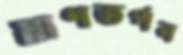
ঘ্রাণতর্পন